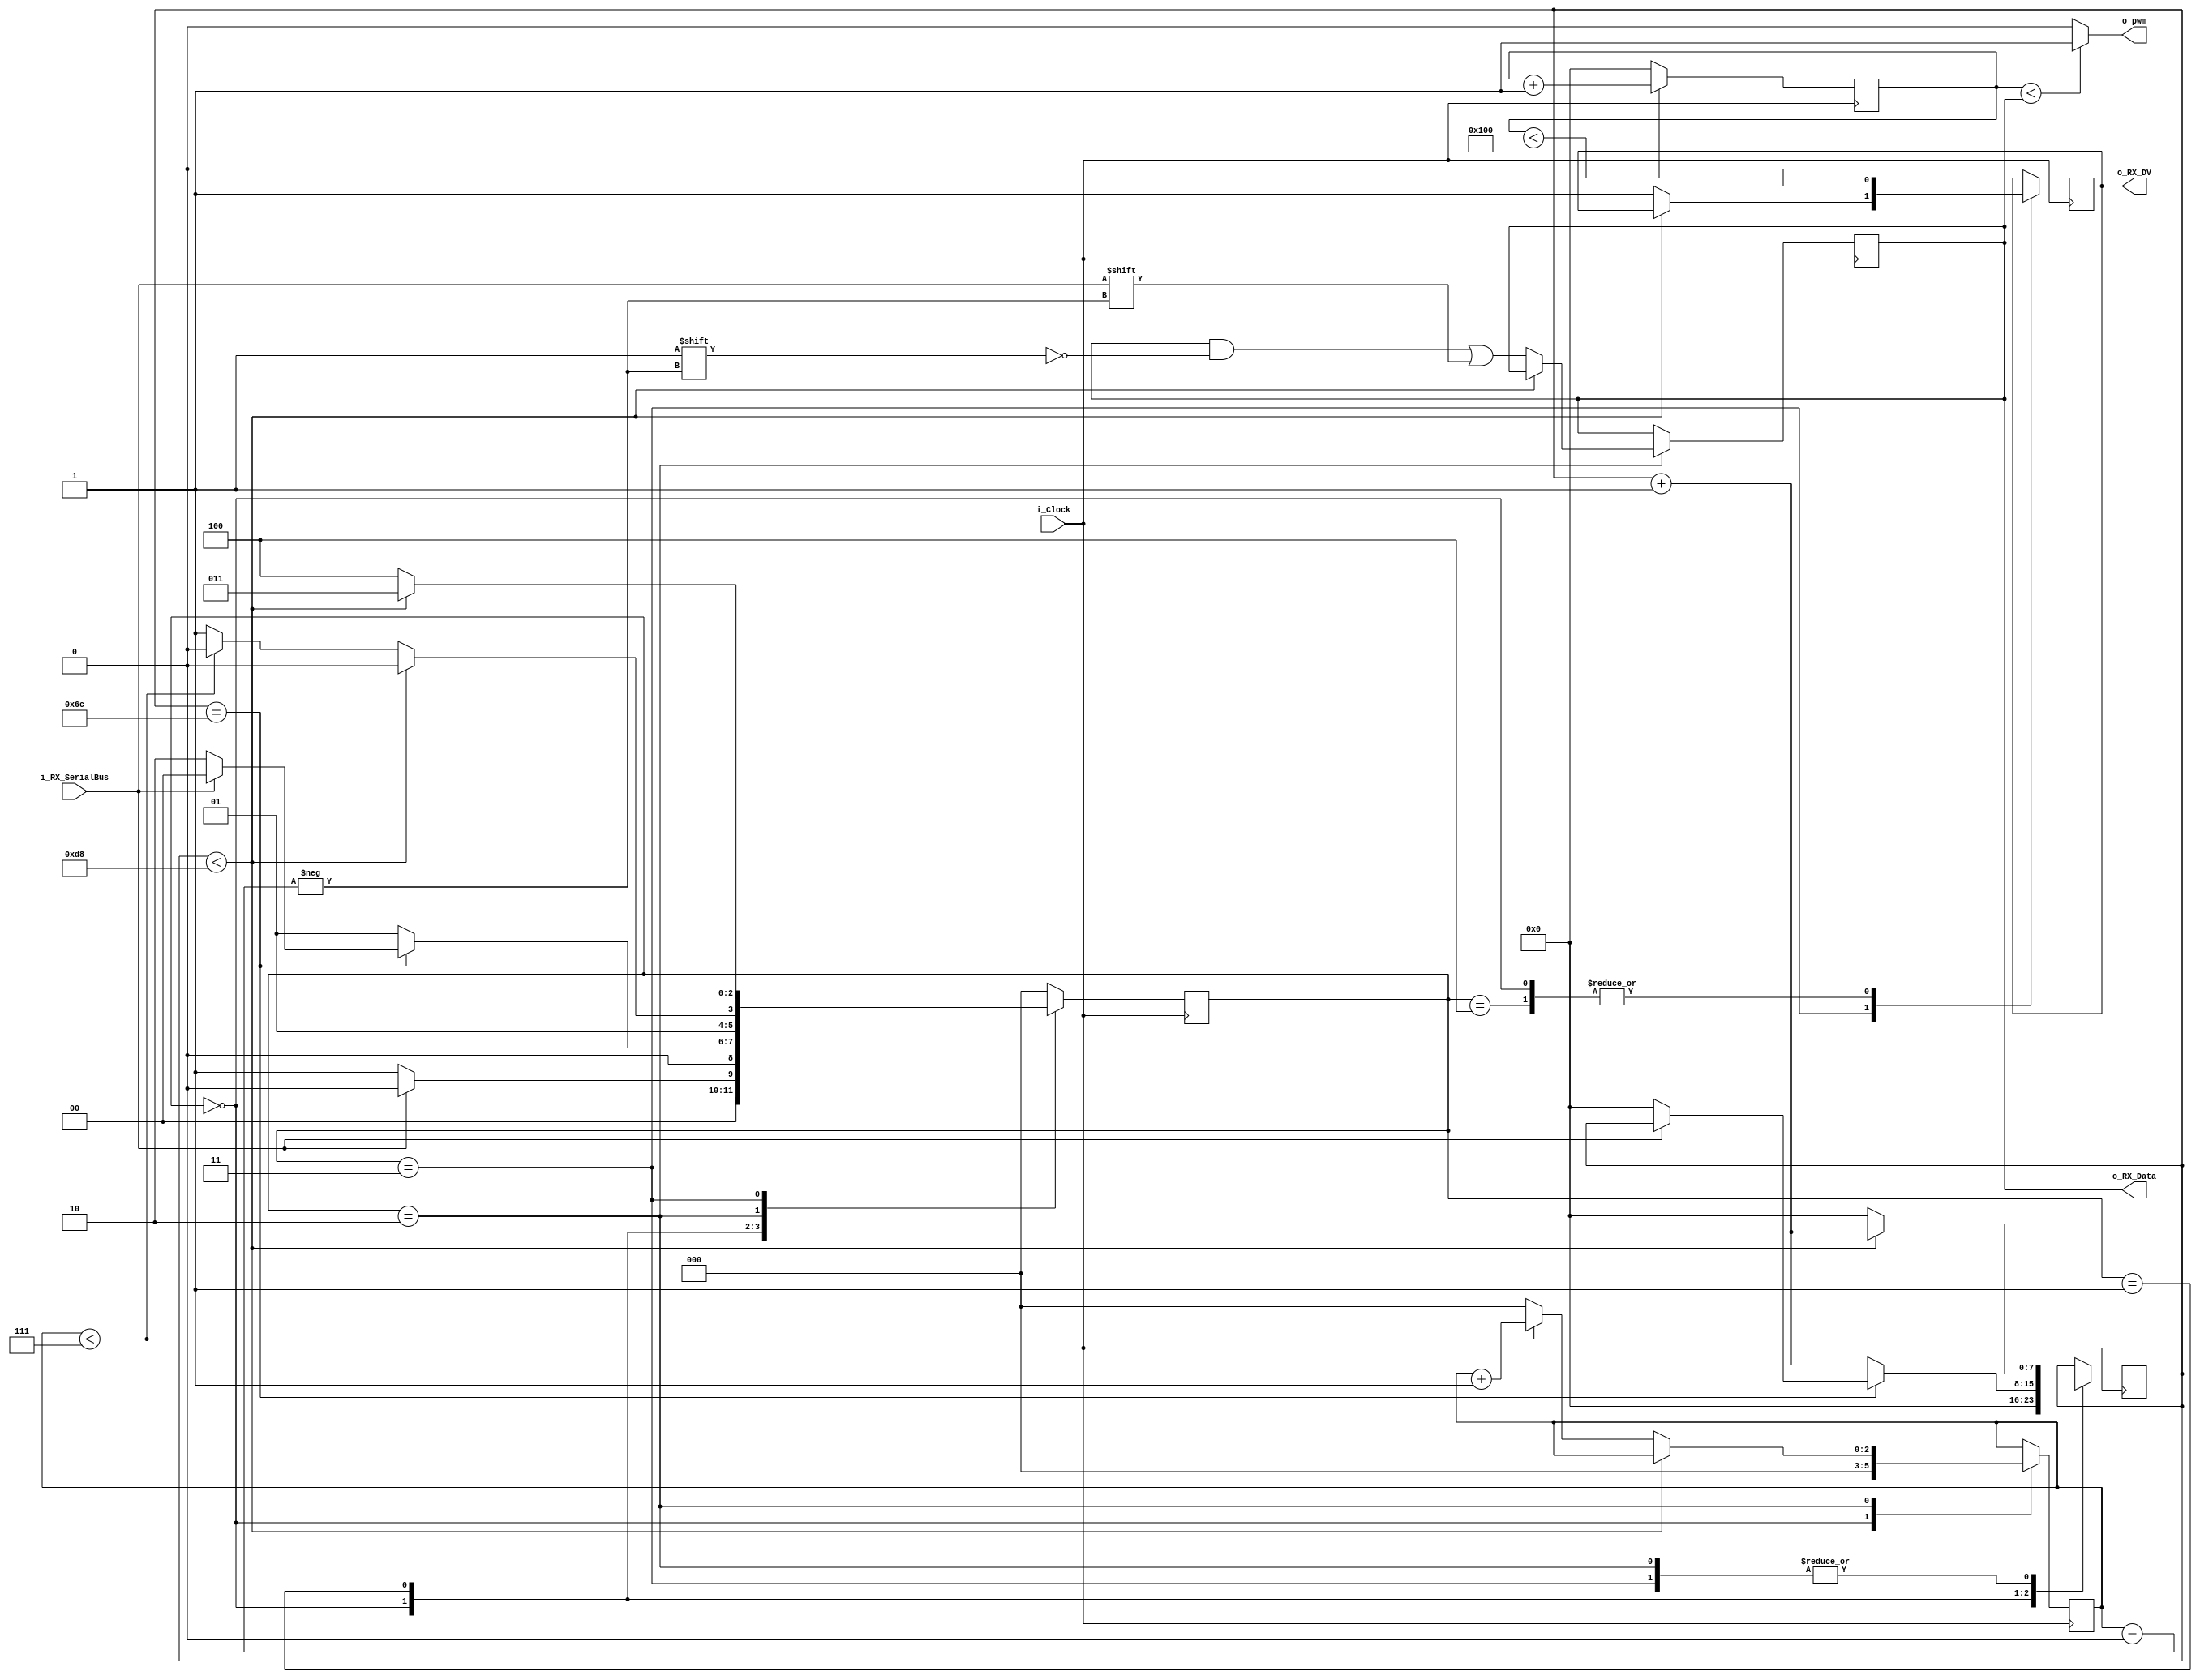
// This file contains the UART Receiver and PWM Generator.  This receiver is able to
// receive 8 bits of serial data, one start bit, one stop bit,
// and no parity bit.  When receive is complete o_rx_dv will be
// driven high for one clock cycle.
// 
// Set Parameter CLKS_PER_BIT as follows:
// CLKS_PER_BIT = (Frequency of i_Clock)/(Frequency of UART)
// Example: 25 MHz Clock, 115200 baud UART
// (25000000)/(115200) = 217
 
module UART_RX_PWM
  #(parameter CLKS_PER_BIT = 217)
  (
   input        i_Clock,
   input        i_RX_SerialBus,
   output       o_RX_DV,
   output       o_pwm,
    output [7:0] o_RX_Data
   );
   
  parameter IDLE         = 3'b000;
  parameter RX_START_BIT = 3'b001;
  parameter RX_DATA_BITS = 3'b010;
  parameter RX_STOP_BIT  = 3'b011;
  parameter CLEANUP      = 3'b100;
  
  reg [7:0]     r_Clock_Count = 0;
  reg [2:0]     r_Bit_Index   = 0; //8 bits total
  reg [7:0]     r_RX_Byte     = 0;
  reg           r_RX_DV       = 0;
  reg [2:0]     r_SM_State    = 0;
  reg [7:0]     pwm_counter   = 0;
  
  
  // Purpose: Control RX state machine
  always @(posedge i_Clock)
  begin
      
    case (r_SM_State)
      IDLE :
        begin
          r_RX_DV       <= 1'b0;
          r_Clock_Count <= 0;
          r_Bit_Index   <= 0;
          
          if (i_RX_SerialBus == 1'b0)          // Start bit detected
            r_SM_State <= RX_START_BIT;
          else
            r_SM_State <= IDLE;
        end
      
      // Check middle of start bit to make sure it's still low
      RX_START_BIT :
        begin
          if (r_Clock_Count == (CLKS_PER_BIT-1)/2)
          begin
            if (i_RX_SerialBus == 1'b0)
            begin
              r_Clock_Count <= 0;  // reset counter, found the middle
              r_SM_State     <= RX_DATA_BITS;
            end
            else
              r_SM_State <= IDLE;
          end
          else
          begin
            r_Clock_Count <= r_Clock_Count + 1;
            r_SM_State     <= RX_START_BIT;
          end
        end // case: RX_START_BIT
      
      
      // Wait CLKS_PER_BIT-1 clock cycles to sample serial data
      RX_DATA_BITS :
        begin
          if (r_Clock_Count < CLKS_PER_BIT-1)
          begin
            r_Clock_Count <= r_Clock_Count + 1;
            r_SM_State     <= RX_DATA_BITS;
          end
          else
          begin
            r_Clock_Count          <= 0;
            r_RX_Byte[r_Bit_Index] <= i_RX_SerialBus;
            
            // Check if we have received all bits
            if (r_Bit_Index < 7)
            begin
              r_Bit_Index <= r_Bit_Index + 1;
              r_SM_State   <= RX_DATA_BITS;
            end
            else
            begin
              r_Bit_Index <= 0;
              r_SM_State   <= RX_STOP_BIT;
            end
          end
        end // case: RX_DATA_BITS
      
      
      // Receive Stop bit.  Stop bit = 1
      RX_STOP_BIT :
        begin
          // Wait CLKS_PER_BIT-1 clock cycles for Stop bit to finish
          if (r_Clock_Count < CLKS_PER_BIT-1)
          begin
            r_Clock_Count <= r_Clock_Count + 1;
     	    r_SM_State     <= RX_STOP_BIT;
          end
          else
          begin
       	    r_RX_DV       <= 1'b1;
            r_Clock_Count <= 0;
            r_SM_State     <= CLEANUP;
          end
        end // case: RX_STOP_BIT
      
      
      // Stay here 1 clock
      CLEANUP :
        begin
          r_SM_State <= IDLE;
          r_RX_DV   <= 1'b0;
        end
      
      
      default :
        r_SM_State <= IDLE;
      
    endcase
  end    
  
  assign o_RX_DV   = r_RX_DV;
  assign o_RX_Data = r_RX_Byte;
  
  //Purpose: PWM Generation
  always @(posedge i_Clock)
    begin
     if(pwm_counter<256) pwm_counter<=pwm_counter+1; //generate a counter which counts upto 256 as we are receiving 8 bits of data
      else pwm_counter<=0;
    end
   //compare the counter value with data received in UART to generate pwm of that duty cycle
  assign o_pwm= (pwm_counter<o_RX_Data)? 1:0;
  
  
endmodule // UART_RX